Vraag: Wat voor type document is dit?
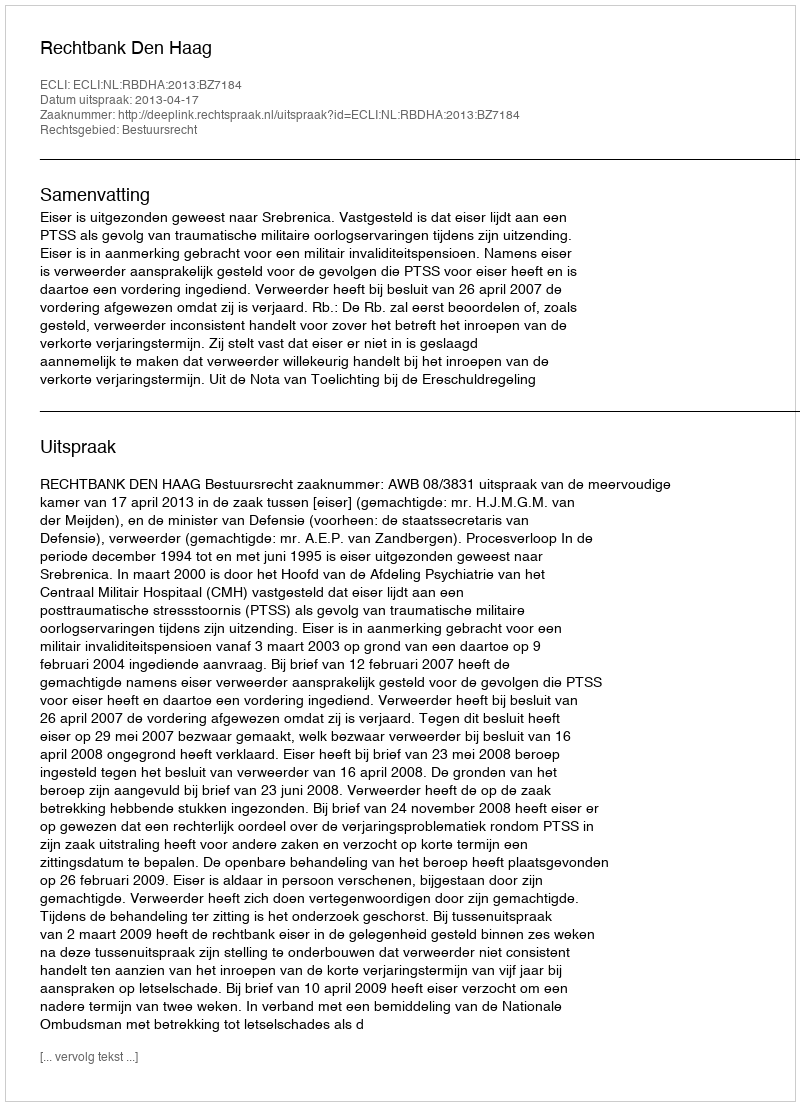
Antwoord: Uitspraak